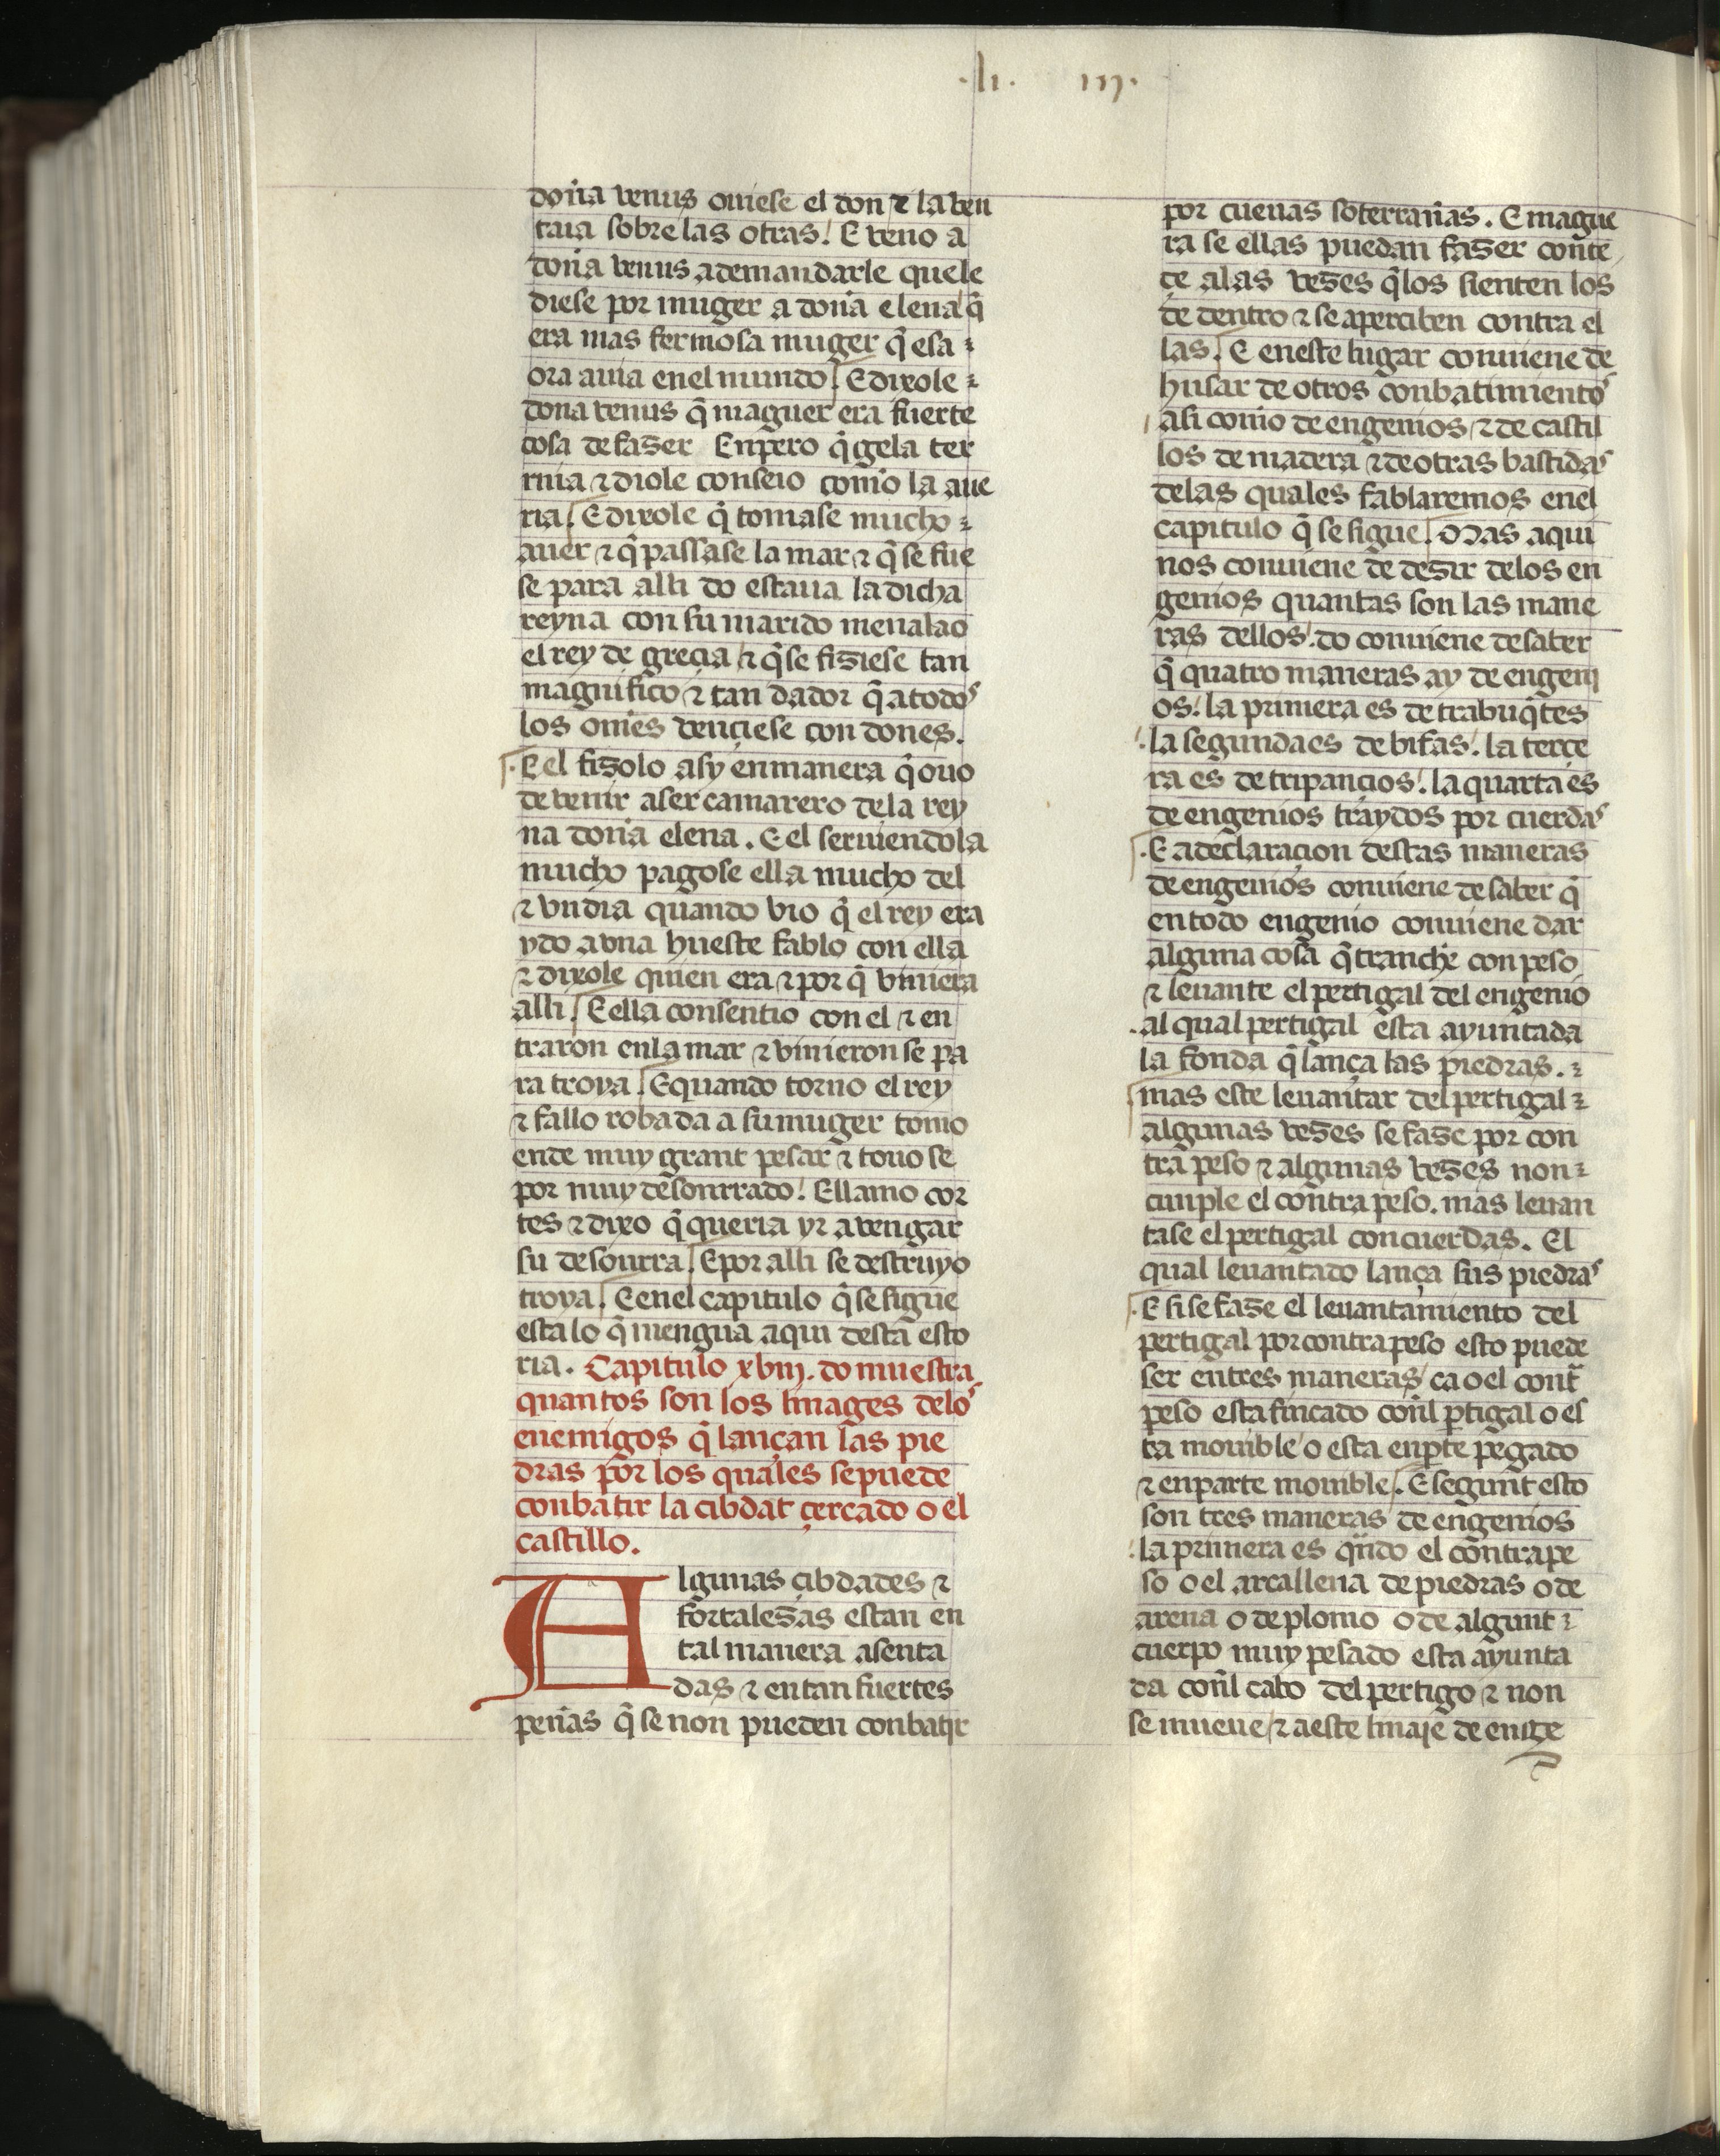
Shelfmark: Madrid, Fundación Lázaro Galdiano, mss 289
Century: 15